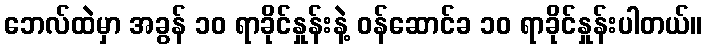
ဘေလ်ထဲမှာ အခွန် ၁၀ ရာခိုင်နှုန်းနဲ့ ဝန်ဆောင်ခ ၁၀ ရာခိုင်နှုန်းပါတယ်။